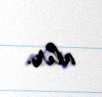
alır.